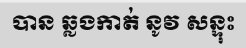
បាន ឆ្លងកាត់ នូវ សន្ទុះ